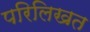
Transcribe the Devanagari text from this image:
परिलिखत